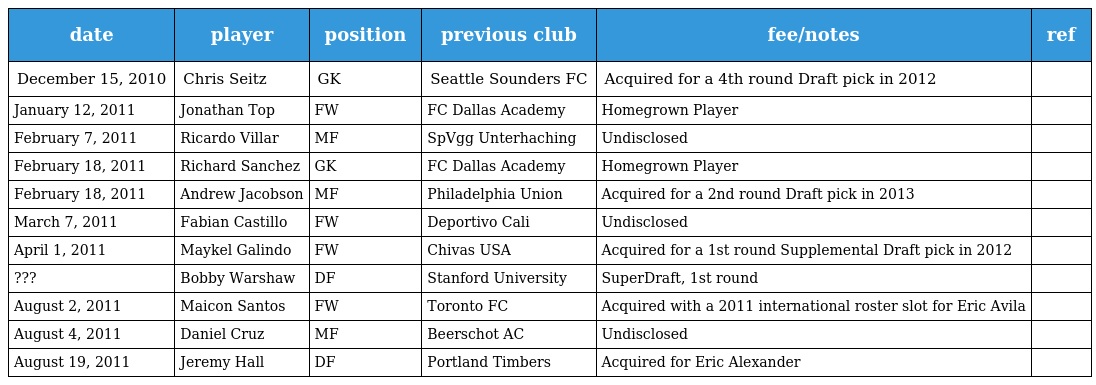
| date | player | position | previous club | fee/notes | ref |
 | --- | --- | --- | --- | --- | --- |
 | December 15, 2010 | Chris Seitz | GK | Seattle Sounders FC | Acquired for a 4th round Draft pick in 2012 |  |
 | January 12, 2011 | Jonathan Top | FW | FC Dallas Academy | Homegrown Player |  |
 | February 7, 2011 | Ricardo Villar | MF | SpVgg Unterhaching | Undisclosed |  |
 | February 18, 2011 | Richard Sanchez | GK | FC Dallas Academy | Homegrown Player |  |
 | February 18, 2011 | Andrew Jacobson | MF | Philadelphia Union | Acquired for a 2nd round Draft pick in 2013 |  |
 | March 7, 2011 | Fabian Castillo | FW | Deportivo Cali | Undisclosed |  |
 | April 1, 2011 | Maykel Galindo | FW | Chivas USA | Acquired for a 1st round Supplemental Draft pick in 2012 |  |
 | ??? | Bobby Warshaw | DF | Stanford University | SuperDraft, 1st round |  |
 | August 2, 2011 | Maicon Santos | FW | Toronto FC | Acquired with a 2011 international roster slot for Eric Avila |  |
 | August 4, 2011 | Daniel Cruz | MF | Beerschot AC | Undisclosed |  |
 | August 19, 2011 | Jeremy Hall | DF | Portland Timbers | Acquired for Eric Alexander |  |